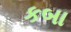
કબા